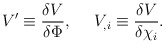
\begin{align*}V' \equiv \frac{\delta V}{\delta \Phi} , \ \ \ \ V_{,i} \equiv\frac{\delta V}{\delta \chi_i}.\end{align*}